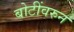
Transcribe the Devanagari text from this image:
बोटींवरुन